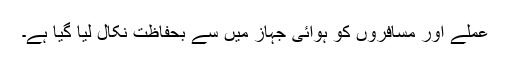
عملے اور مسافروں کو ہوائی جہاز میں سے بحفاظت نکال لیا گیا ہے۔